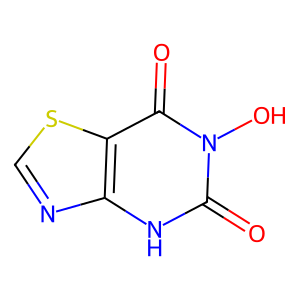
SMILES: O=c1[nH]c2ncsc2c(=O)n1O
Inhibits HIV replication: No